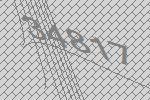
34817